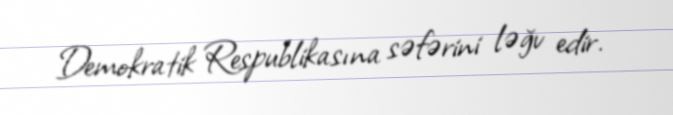
Demokratik Respublikasına səfərini ləğv edir.